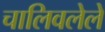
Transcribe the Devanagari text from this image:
चालिवलेले